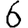
Digit: 6